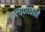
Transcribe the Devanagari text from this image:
कलापथकाने